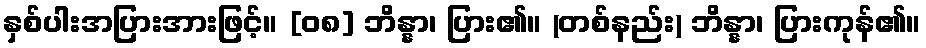
နှစ်ပါးအပြားအားဖြင့်။ [၀၈] ဘိန္နာ၊ ပြား၏။ (တစ်နည်း) ဘိန္နာ၊ ပြားကုန်၏။